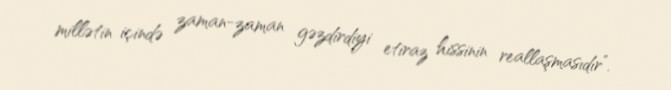
millətin içində zaman-zaman gəzdirdiyi etiraz hissinin reallaşmasıdır”.